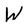
Character: W